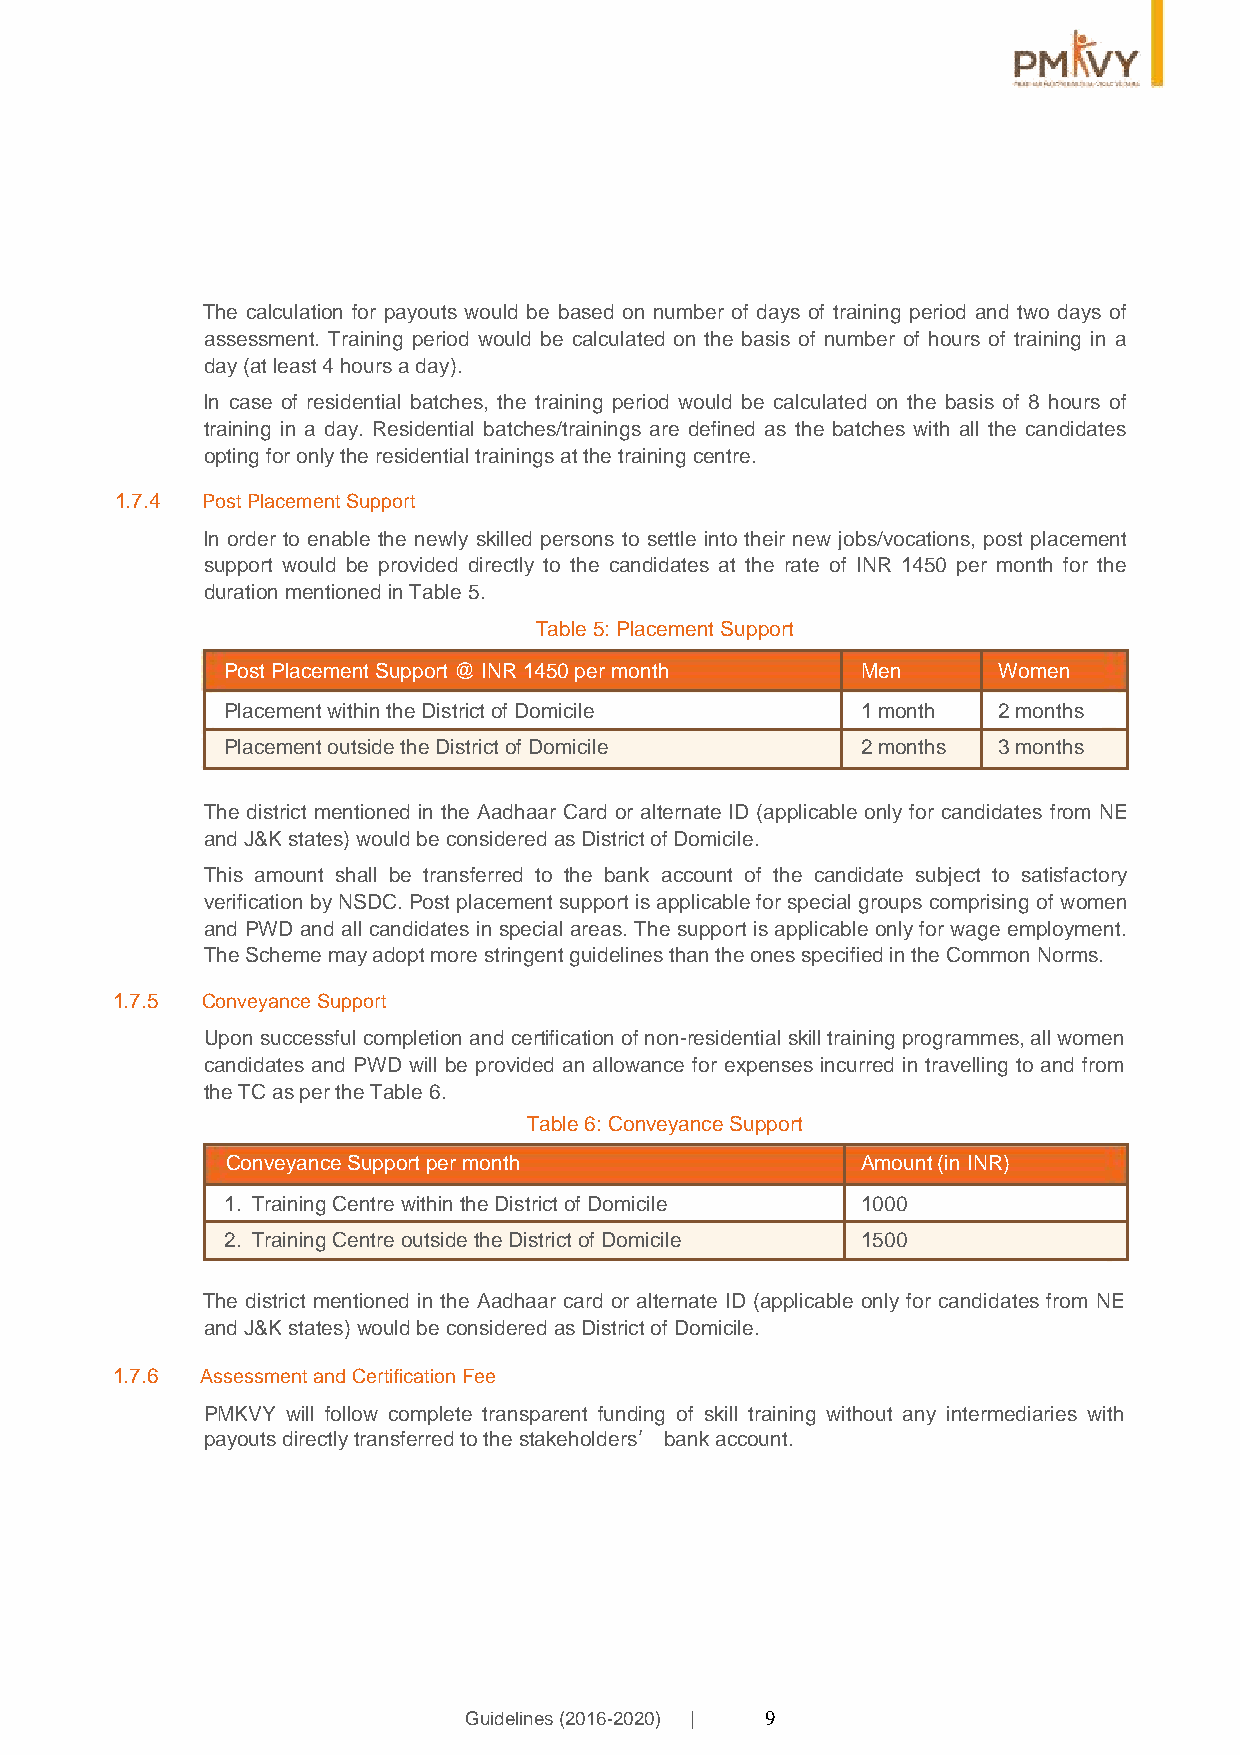
The calculation for payouts would be based on number of days of training period and two days of
 assessment. Training period would be calculated on the basis of number of hours of training in a
 day (at least 4 hours a day).
 In case of residential batches, the training period would be calculated on the basis of 8 hours of
 training in a day. Residential batches/trainings are defined as the batches with all the candidates
 opting for only the residential trainings at the training centre.
 1.7.4 Post Placement Support
 In order to enable the newly skilled persons to settle into their new jobs/vocations, post placement
 support would be provided directly to the candidates at the rate of INR 1450 per month for the
 duration mentioned in Table 5.
 Table 5: Placement Support
 Post Placement Support @ INR 1450 per month Men    Women
 Placement within the District of Domicile 1 month  2 months
 Placement outside the District of Domicile 2 months 3 months
 The district mentioned in the Aadhaar Card or alternate ID (applicable only for candidates from NE
 and J&K states) would be considered as District of Domicile.
 This amount shall be transferred to the bank account of the candidate subject to satisfactory
 verification by NSDC. Post placement support is applicable for special groups comprising of women
 and PWD and all candidates in special areas. The support is applicable only for wage employment.
 The Scheme may adopt more stringent guidelines than the ones specified in the Common Norms.
 1.7.5 Conveyance Support
 Upon successful completion and certification of non-residential skill training programmes, all women
 candidates and PWD will be provided an allowance for expenses incurred in travelling to and from
 the TC as per the Table 6.
 Table 6: Conveyance Support
 Conveyance Support per month              Amount (in INR)
 1. Training Centre within the District of Domicile 1000
 2. Training Centre outside the District of Domicile 1500
 The district mentioned in the Aadhaar card or alternate ID (applicable only for candidates from NE
 and J&K states) would be considered as District of Domicile.
 1.7.6 Assessment and Certification Fee
 PMKVY will follow complete transparent funding of skill training without any intermediaries with
 payouts directly transferred to the stakeholders’ bank account.
 Guidelines (2016-2020) | 9